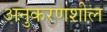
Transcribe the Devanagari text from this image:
अनुकरणशील